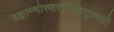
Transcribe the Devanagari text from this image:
ब्रह्माम्भोरुहरश्मिकेतुरनघो